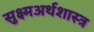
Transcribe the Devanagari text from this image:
सुक्ष्मअर्थशास्त्र